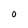
Character: O